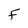
Character: F